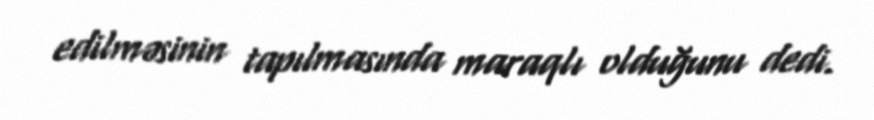
edilməsinin tapılmasında maraqlı olduğunu dedi.